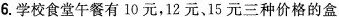
6.学校食堂午餐有10元，12元、15元三种价格的盒